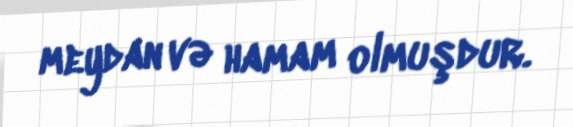
meydan və hamam olmuşdur.